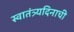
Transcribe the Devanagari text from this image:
स्वातंत्र्यदिनाची